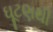
ઘૂટણથી